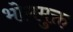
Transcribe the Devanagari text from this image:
भोगमुक्त